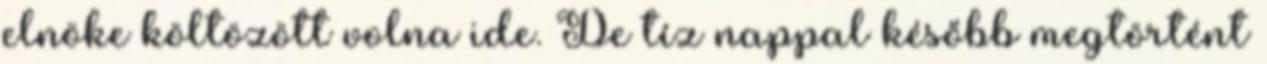
elnöke költözött volna ide. De tíz nappal később megtörtént